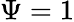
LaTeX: \Psi=1